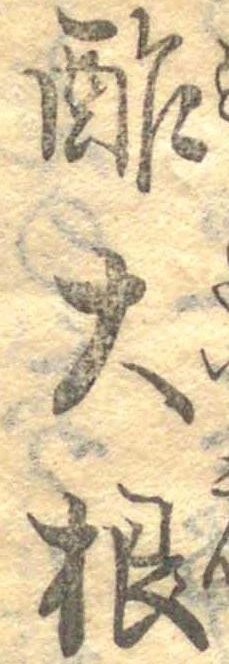
酢大根